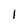
Character: I